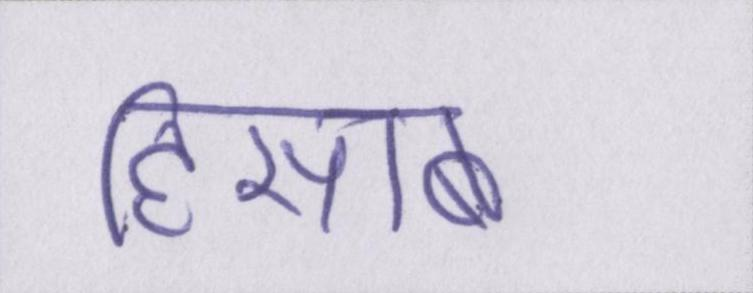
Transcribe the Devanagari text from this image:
हिसाब